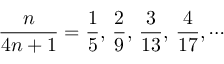
{ \frac { n } { 4 n + 1 } } = { \frac { 1 } { 5 } } , \, { \frac { 2 } { 9 } } , \, { \frac { 3 } { 1 3 } } , \, { \frac { 4 } { 1 7 } } , \cdots